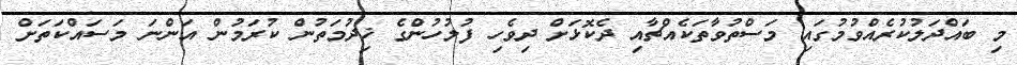
މި ބައްދަލުކުރެއްވުމުގައި މަސްތުވާތަކެއްޗާއި ދެކޮޅަށް ދިވެހި ފުލުހުންގެ ޚިދުމަތުން ކުރަމުން އަންނަ މަސައްކަތަށް